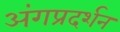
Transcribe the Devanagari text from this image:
अंगप्रदर्शन